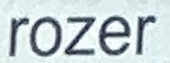
rozar